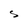
Character: S